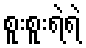
စူးစူးရဲရဲ